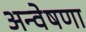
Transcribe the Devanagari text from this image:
अन्वेषणा